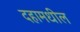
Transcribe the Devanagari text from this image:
दहामधील